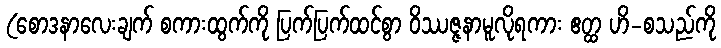
(စောဒနာလေးချက် စကားထွက်ကို ပြက်ပြက်ထင်စွာ ဝိဿဇ္ဇနာမူလိုရကား ဧတ္ထ ဟိ-စသည်ကို